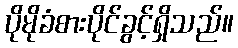
ပိုမိုခံစားပိုင်ခွင့်ရှိသည်။